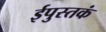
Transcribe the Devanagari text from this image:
ईपुस्तकं